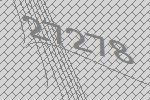
27278